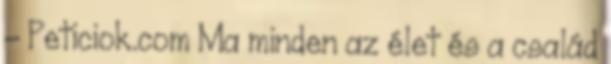
- Peticiok.com Ma minden az élet és a család